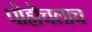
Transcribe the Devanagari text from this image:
पोहोचलाच